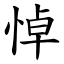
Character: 悼